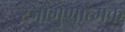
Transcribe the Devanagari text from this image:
रजोगुणात्मक